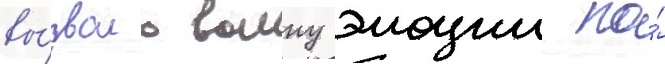
вы́звало волну эмоции по́